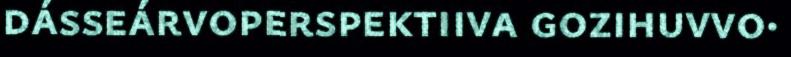
dásseárvoperspektiiva gozihuvvo·